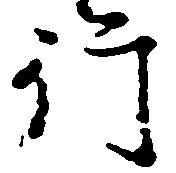
行